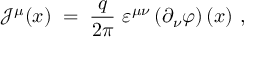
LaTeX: { \mathcal J } ^ { \mu } ( x ) \; = \; \frac { q } { 2 \pi } ~ \varepsilon ^ { \mu \nu } \left( \partial _ { \nu } \varphi \right) ( x ) ~ ,